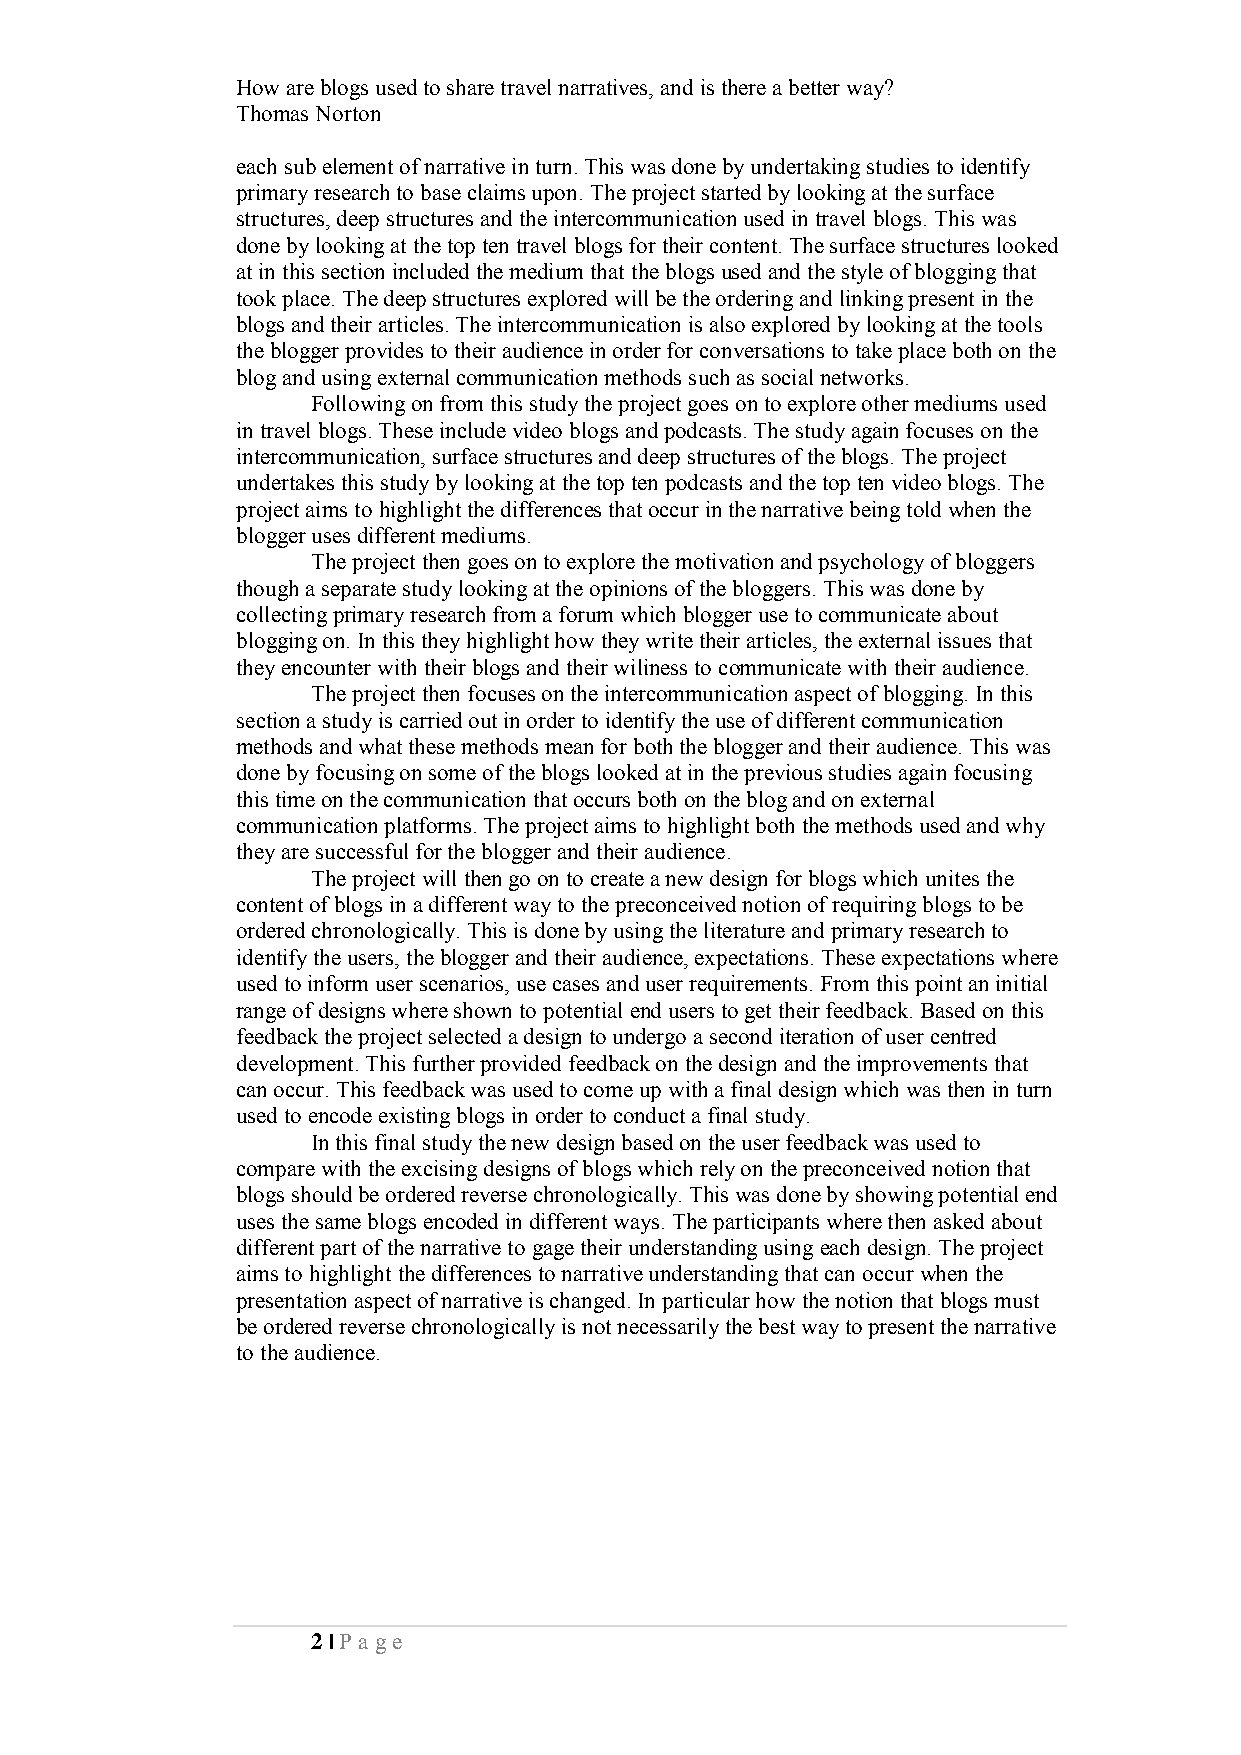
How are blogs used to share travel narratives, and is there a better way?
 Thomas Norton
 each sub element of narrative in turn. This was done by undertaking studies to identify
 primary research to base claims upon. The project started by looking at the surface
 structures, deep structures and the intercommunication used in travel blogs. This was
 done by looking at the top ten travel blogs for their content. The surface structures looked
 at in this section included the medium that the blogs used and the style of blogging that
 took place. The deep structures explored will be the ordering and linking present in the
 blogs and their articles. The intercommunication is also explored by looking at the tools
 the blogger provides to their audience in order for conversations to take place both on the
 blog and using external communication methods such as social networks.
 Following on from this study the project goes on to explore other mediums used
 in travel blogs. These include video blogs and podcasts. The study again focuses on the
 intercommunication, surface structures and deep structures of the blogs. The project
 undertakes this study by looking at the top ten podcasts and the top ten video blogs. The
 project aims to highlight the differences that occur in the narrative being told when the
 blogger uses different mediums.
 The project then goes on to explore the motivation and psychology of bloggers
 though a separate study looking at the opinions of the bloggers. This was done by
 collecting primary research from a forum which blogger use to communicate about
 blogging on. In this they highlight how they write their articles, the external issues that
 they encounter with their blogs and their wiliness to communicate with their audience.
 The project then focuses on the intercommunication aspect of blogging. In this
 section a study is carried out in order to identify the use of different communication
 methods and what these methods mean for both the blogger and their audience. This was
 done by focusing on some of the blogs looked at in the previous studies again focusing
 this time on the communication that occurs both on the blog and on external
 communication platforms. The project aims to highlight both the methods used and why
 they are successful for the blogger and their audience.
 The project will then go on to create a new design for blogs which unites the
 content of blogs in a different way to the preconceived notion of requiring blogs to be
 ordered chronologically. This is done by using the literature and primary research to
 identify the users, the blogger and their audience, expectations. These expectations where
 used to inform user scenarios, use cases and user requirements. From this point an initial
 range of designs where shown to potential end users to get their feedback. Based on this
 feedback the project selected a design to undergo a second iteration of user centred
 development. This further provided feedback on the design and the improvements that
 can occur. This feedback was used to come up with a final design which was then in turn
 used to encode existing blogs in order to conduct a final study.
 In this final study the new design based on the user feedback was used to
 compare with the excising designs of blogs which rely on the preconceived notion that
 blogs should be ordered reverse chronologically. This was done by showing potential end
 uses the same blogs encoded in different ways. The participants where then asked about
 different part of the narrative to gage their understanding using each design. The project
 aims to highlight the differences to narrative understanding that can occur when the
 presentation aspect of narrative is changed. In particular how the notion that blogs must
 be ordered reverse chronologically is not necessarily the best way to present the narrative
 to the audience.
 2 | Pa ge